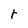
Character: r